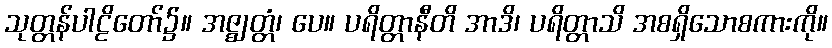
သုတ္တန်ပါဠိတော်၌။ အဇ္ဈတ္တံ၊ ပေ။ ပရိတ္တာနီတိ အာဒိ၊ ပရိတ္တာသိ အစရှိသောစကားကို။